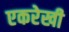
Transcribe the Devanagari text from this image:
एकरेखी